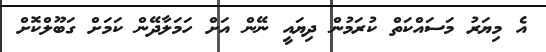
އެ މިޔަރު މަސައްކަތް ކުރަމުން ދިޔައީ ނޭން އަށް ހަމަލާދޭން ކަމަށް ގަބޫލްކޮށް